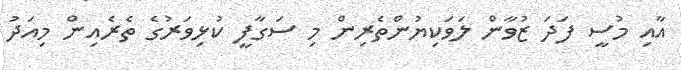
އާއި މުސީ ފަދަ ޒުވާން ލަވަކިޔުންތެރިން މި ސަގާފީ ކުޅިވަރުގެ ތެރެއިން މިއަދު